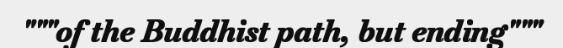
"""of the Buddhist path, but ending"""